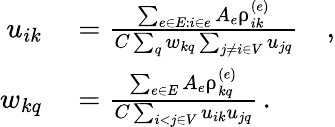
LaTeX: \begin{array}{rl}{u_{ik}}&{{}=\frac{\sum_{e\in E:i\in e}A_{e}\uprho_{ik}^{(e)}}{C\sum_{q}w_{kq}\sum_{j\neq i\in V}u_{jq}}\quad,}\\ {w_{kq}}&{{}=\frac{\sum_{e\in E}A_{e}\uprho_{kq}^{(e)}}{C\sum_{i<j\in V}u_{ik}u_{jq}}\, .}\end{array}